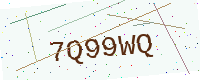
Text: 7Q99WQ